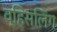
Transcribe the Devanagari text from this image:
व्हिसलिंग